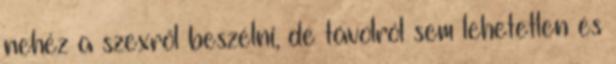
nehéz a szexről beszélni, de távolról sem lehetetlen és